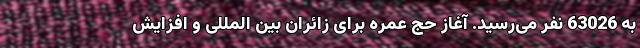
به 63026 نفر می‌رسید. آغاز حج عمره برای زائران بین المللی و افزایش